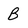
Character: B